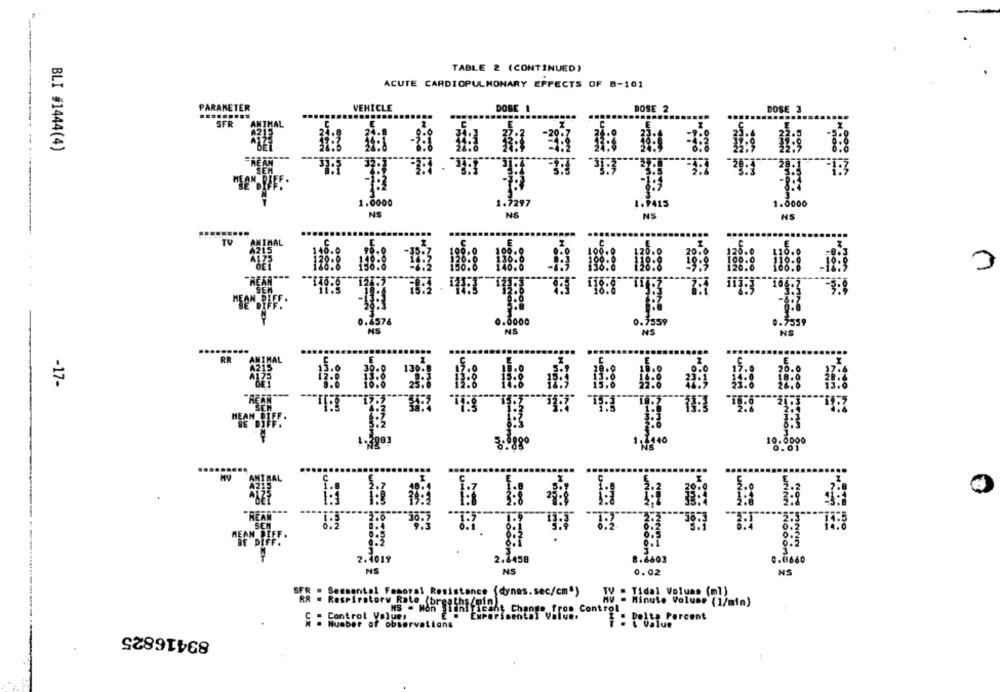
TABLE 2 (CONTINUED)
ACUTE CARDIOPULMONARY EFFECTS OF B-101
PARAMETER
VEHICLE
DOBE 1
DOSE 2
DOSE 3
.........
SFR
BLI #1444(4)
1.0000
1.7297
1.0000
NS
NS
NS
TV
.. 8000
NS
NS
RR
-17-
"
10.0000
2.4019
2.1458
8.2603
.8000
NS
NS
0.02
NS
SER - Segmentol Femoral Resistance (dynes. sec/cm")
WV = Tidal Volume (ml)
Respiratory Rate (breaths/min)
MS . Hon Siliniricant Change from Control
- Minute Volume (1/min)
E . Experimental Values
S : Control Volue,
Number of observations
: Potte Percent
89416825